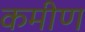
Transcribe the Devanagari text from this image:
कमीण